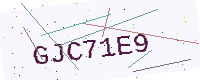
Text: GJC71E9